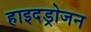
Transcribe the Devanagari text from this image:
हाइदड्रोजन